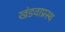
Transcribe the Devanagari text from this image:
खंडवाप्रस्थ